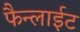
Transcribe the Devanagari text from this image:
फैन्लाईट